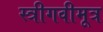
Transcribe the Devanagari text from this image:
स्त्रीगवीमूत्र